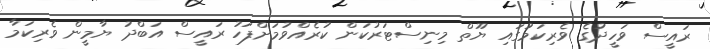
ރައީސް ވަހީދުގެ ވެރިކަމުގައި ޔޫތް މިނިސްޓަރުކަން ކުރެއްވުމަށްފަހު ރައީސް އަބްދު ޔާމީން ވެރިކަމާ